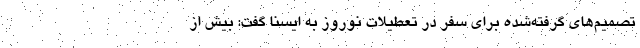
تصمیم‌های گرفته‌شده برای سفر در تعطیلات نوروز به ایسنا گفت: بیش از